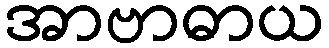
အာဗာဓာယ